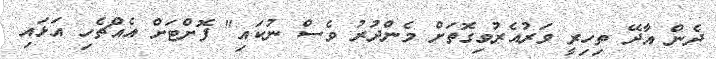
ދެން އާދޭ ތިހިރީ ވަރުއެރުވިގޮތަށް މެންދުރު ވެސް ނުކައި" ފޮށްޓަށް އެއްޗެހި އަޅައި